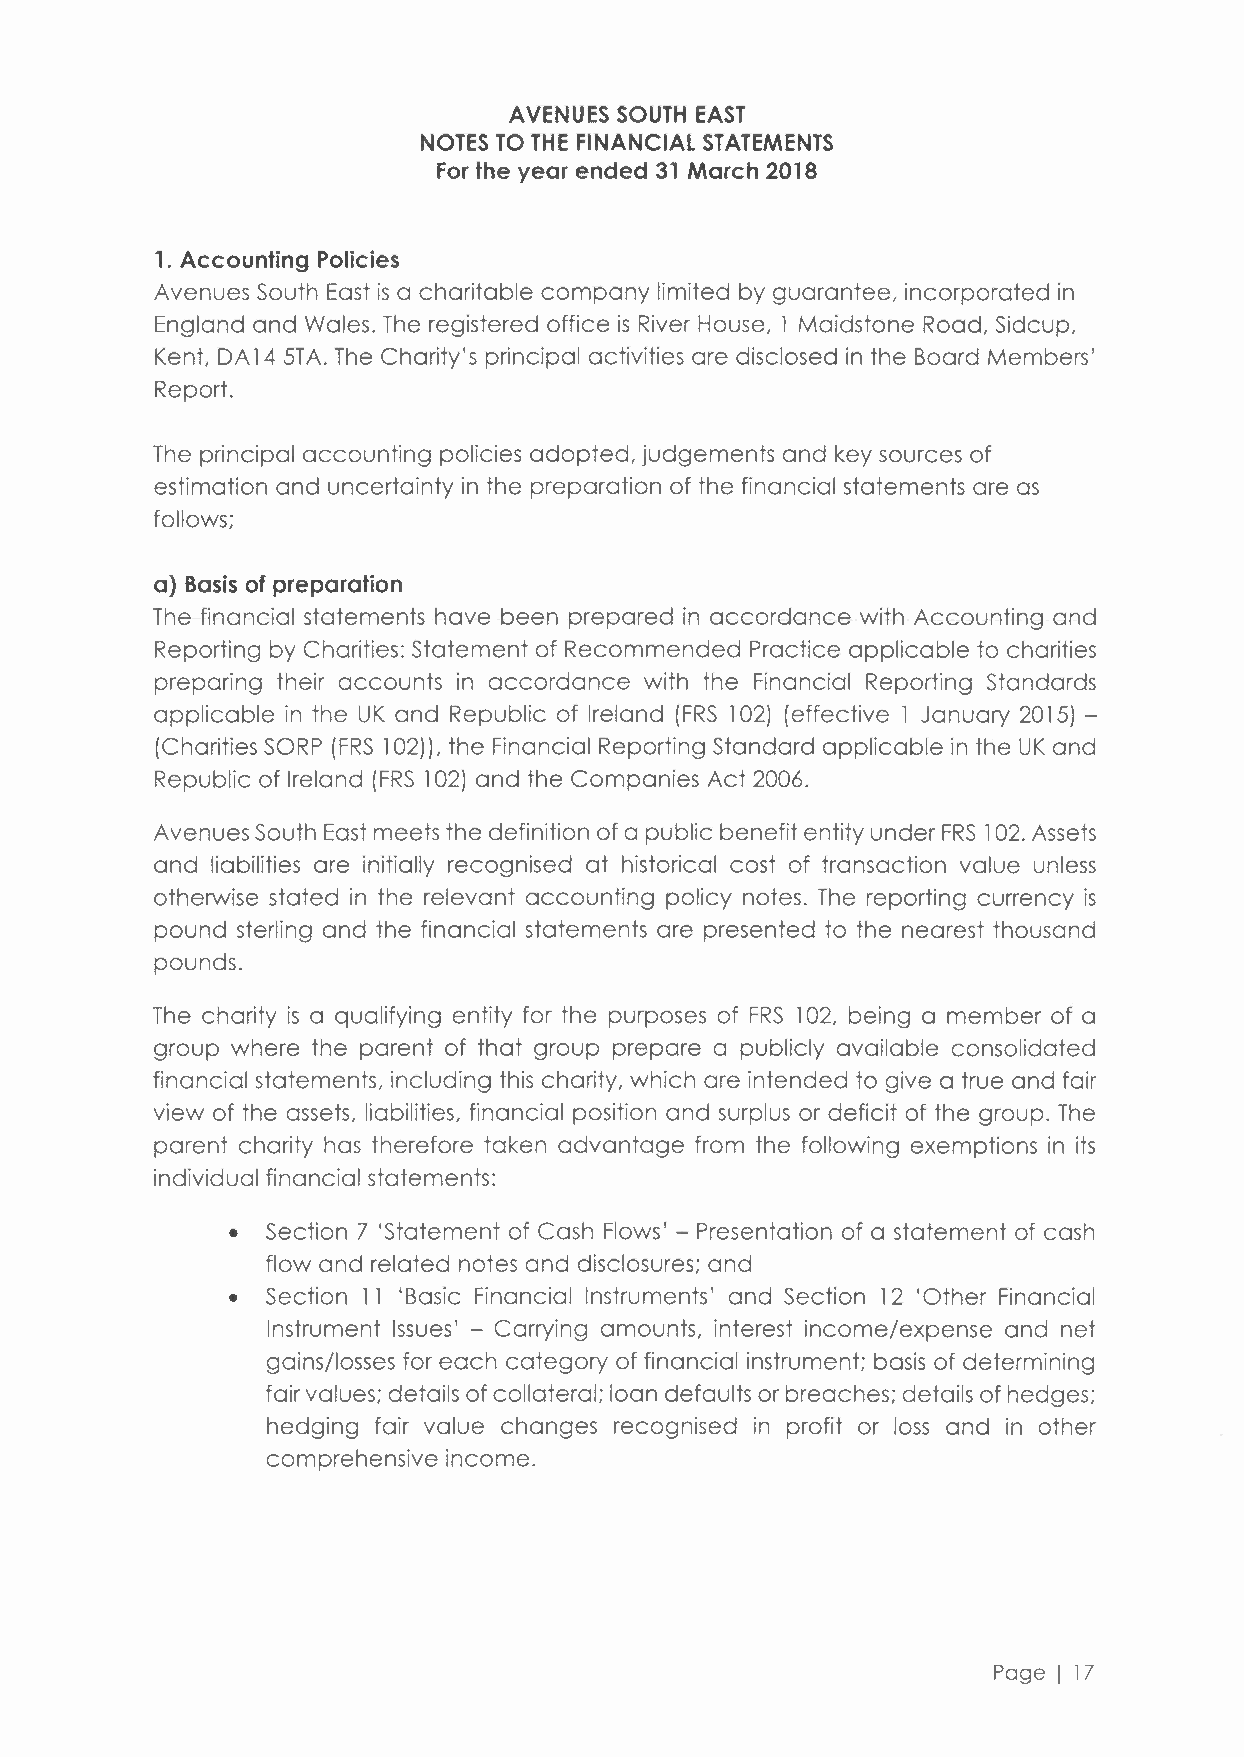
AVENUES SOUTH EAST
 NOTES TO THE FINANCIAL STATEMENTS
 For the year ended 31 March 2018
 1. Accounting Policies
 Avenues South East is a charitable company limited by guarantee, incorporated in
 England and Wales. The registered office is River House, l Maidstone Road, Sidcup,
 Kent, DA 14 5T A. The Charity's principal activities are disclosed in the Board Members'
 Report.
 The principal accounting policies adopted, judgements and key sources of
 estimation and uncertainty in the preparation of the financial statements are as
 follows;
 a) Basis of preparation
 The financial statements have been prepared in accordance with Accounting and
 Reporting by Charities: Statement of Recommended Practice applicable to charities
 preparing their accounts in accordance with the Financial Reporting Standards
 applicable in the UK and Republic of Ireland (FRS 102) (effective l January 2015) -
 (Charities SaRP (FRS 102)), the Financial Reporting Standard applicable in the UK and
 Republic of Ireland (FRS l 02) and the Companies Act 2006.
 Avenues South East meets the definition of a public benefit entity under FRS l 02. Assets
 and liabilities are initially recognised at historical cost of transaction value unless
 otherwise stated in the relevant accounting policy notes. The reporting currency is
 pound sterling and the financial statements are presented to the nearest thousand
 pounds.
 The charity is a qualifying entity for the purposes of FRS l 02, being a member of a
 group where the parent of that group prepare a publicly available consolidated
 financial statements, including this charity, which are intended to give a true and fair
 view of the assets, liabilities, financial position and surplus or deficit of the group. The
 parent charity has therefore taken advantage from the following exemptions in its
 individual financial statements:
 •  Section 7 'Statement of Cash Flows' - Presentation of a statement of cash
 flow and related notes and disclosures; and
 •  Section 11 'Basic Financial Instruments' and Section 12 'Other Financial
 Instrument Issues' - Carrying amounts, interest income/expense and net
 gains/losses for each category of financial instrument; basis of determining
 fair values; details of collateral; loan defaults or breaches; details of hedges;
 hedging fair value changes recognised in profit or loss and in other
 comprehensive income.
 Page I 17